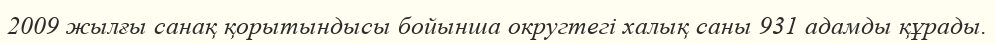
2009 жылғы санақ қорытындысы бойынша округтегі халық саны 931 адамды құрады.